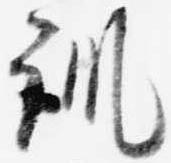
訓